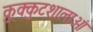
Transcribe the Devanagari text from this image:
कुक्कुटशालाओं